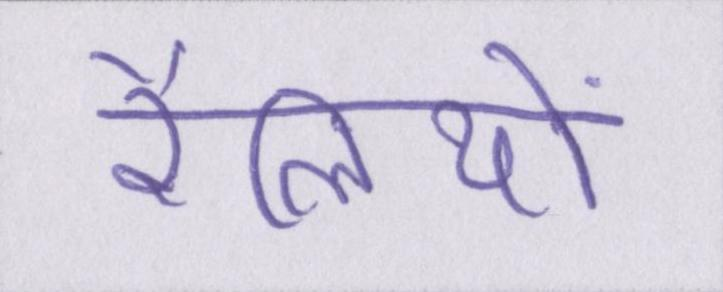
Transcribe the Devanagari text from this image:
रैलियों